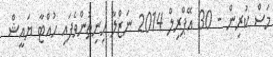
މަސް ކުރިން - 30 އޭޕްރިލް 2014 ނަޒްލާ ހިނިތުންވެފައި ހުއްޓާ ޔައީޝް